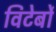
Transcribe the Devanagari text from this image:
विटेर्बो